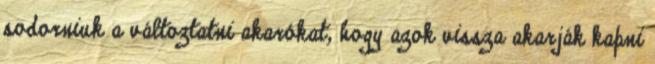
sodorniuk a változtatni akarókat, hogy azok vissza akarják kapni